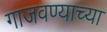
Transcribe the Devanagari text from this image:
गाजवण्याच्या